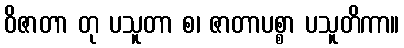
ဝိဇာတာ တု ပသူတာ စ၊ ဇာတာပစ္စာ ပသူတိကာ။